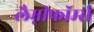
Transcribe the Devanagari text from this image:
लैम्नीफॉर्म्स